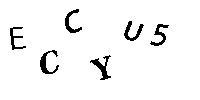
ECCYU5